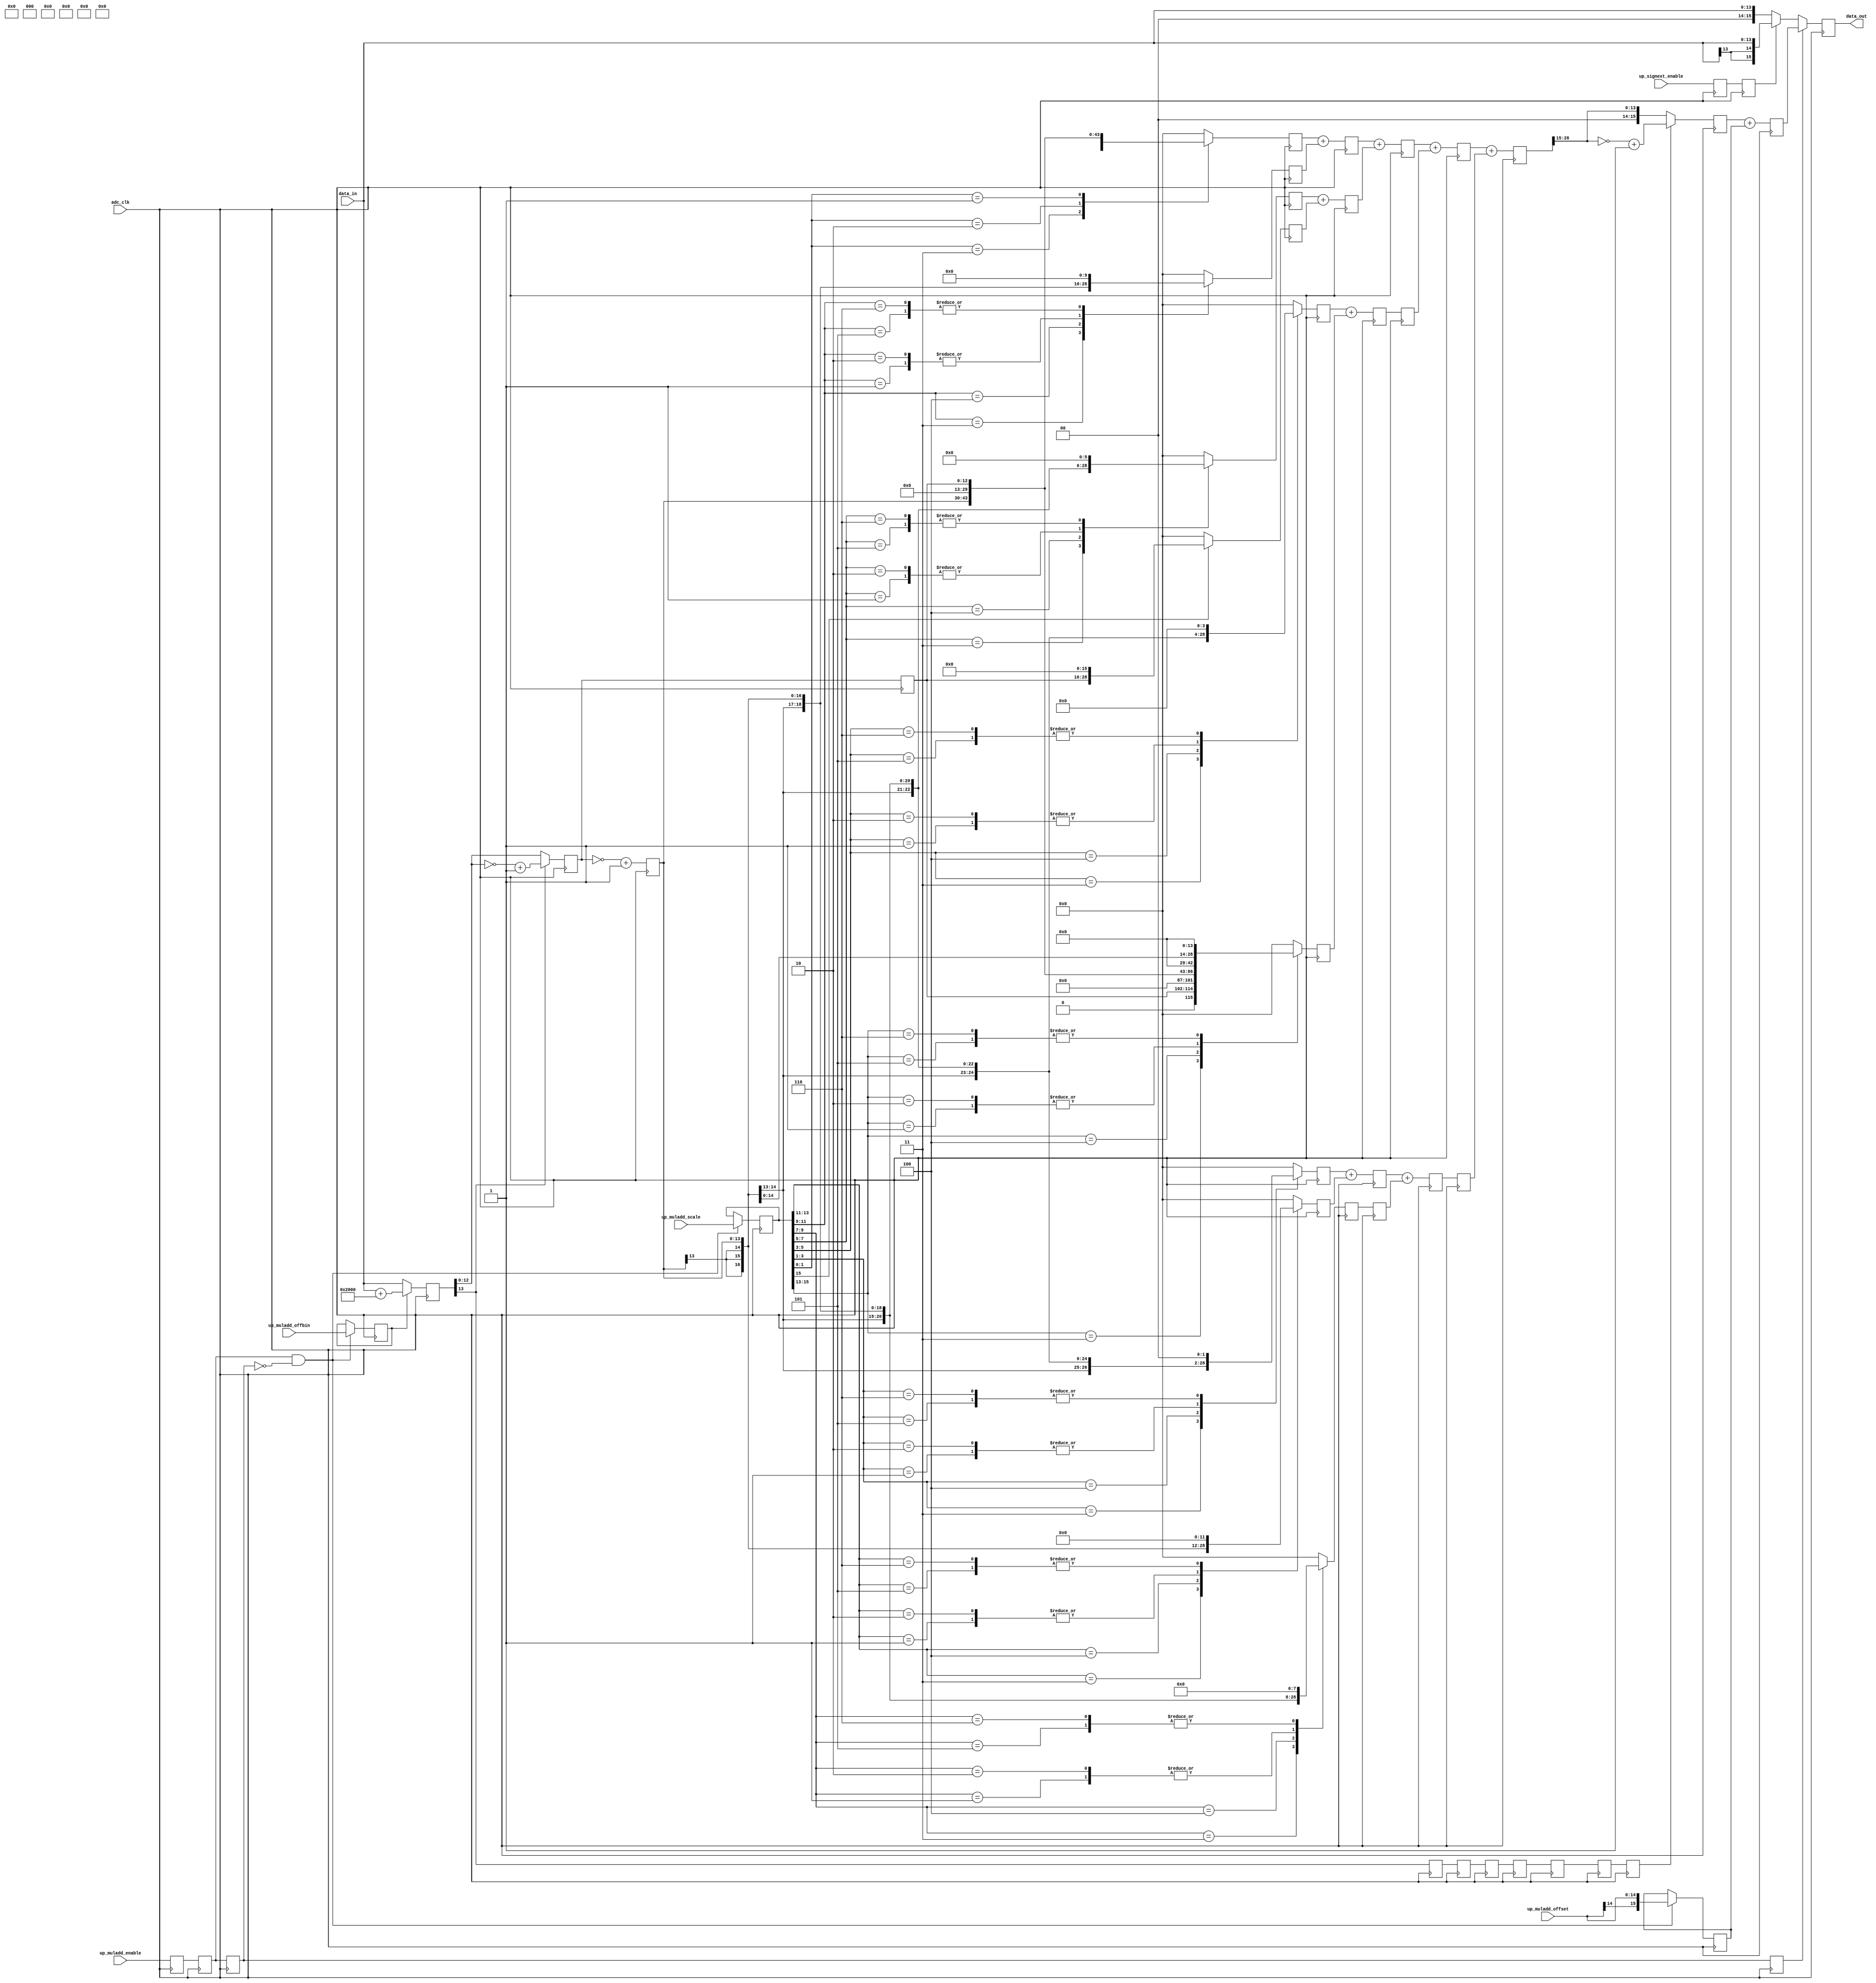
// ***************************************************************************
// ***************************************************************************
// Copyright 2011(c) Analog Devices, Inc.
// 
// All rights reserved.
// 
// Redistribution and use in source and binary forms, with or without modification,
// are permitted provided that the following conditions are met:
//     - Redistributions of source code must retain the above copyright
//       notice, this list of conditions and the following disclaimer.
//     - Redistributions in binary form must reproduce the above copyright
//       notice, this list of conditions and the following disclaimer in
//       the documentation and/or other materials provided with the
//       distribution.
//     - Neither the name of Analog Devices, Inc. nor the names of its
//       contributors may be used to endorse or promote products derived
//       from this software without specific prior written permission.
//     - The use of this software may or may not infringe the patent rights
//       of one or more patent holders.  This license does not release you
//       from the requirement that you obtain separate licenses from these
//       patent holders to use this software.
//     - Use of the software either in source or binary form, must be run
//       on or directly connected to an Analog Devices Inc. component.
//    
// THIS SOFTWARE IS PROVIDED BY ANALOG DEVICES "AS IS" AND ANY EXPRESS OR IMPLIED WARRANTIES,
// INCLUDING, BUT NOT LIMITED TO, NON-INFRINGEMENT, MERCHANTABILITY AND FITNESS FOR A
// PARTICULAR PURPOSE ARE DISCLAIMED.
//
// IN NO EVENT SHALL ANALOG DEVICES BE LIABLE FOR ANY DIRECT, INDIRECT, INCIDENTAL, SPECIAL,
// EXEMPLARY, OR CONSEQUENTIAL DAMAGES (INCLUDING, BUT NOT LIMITED TO, INTELLECTUAL PROPERTY
// RIGHTS, PROCUREMENT OF SUBSTITUTE GOODS OR SERVICES; LOSS OF USE, DATA, OR PROFITS; OR 
// BUSINESS INTERRUPTION) HOWEVER CAUSED AND ON ANY THEORY OF LIABILITY, WHETHER IN CONTRACT,
// STRICT LIABILITY, OR TORT (INCLUDING NEGLIGENCE OR OTHERWISE) ARISING IN ANY WAY OUT OF 
// THE USE OF THIS SOFTWARE, EVEN IF ADVISED OF THE POSSIBILITY OF SUCH DAMAGE.
// ***************************************************************************
// ***************************************************************************
// ***************************************************************************
// ***************************************************************************
// Scale & Offset Module

`timescale 1ps/1ps

module cf_muladd (

  // data_out = (up_muladd_scale * data_in) + up_muladd_offset;

  adc_clk,
  data_in,
  data_out,

  // processor interface

  up_signext_enable,  // sign extension enable
  up_muladd_enable,   // enable offset & scale
  up_muladd_offbin,   // input is offset binary format
  up_muladd_scale,    // scale factor
  up_muladd_offset);  // offset factor

  // data_out = (up_muladd_scale * data_in) + up_muladd_offset;

  input           adc_clk;
  input   [13:0]  data_in;
  output  [15:0]  data_out;

  // processor interface

  input           up_signext_enable;
  input           up_muladd_enable;
  input           up_muladd_offbin;
  input   [15:0]  up_muladd_scale;
  input   [14:0]  up_muladd_offset;

  reg             muladd_enable_m1 = 'd0;
  reg             muladd_enable_m2 = 'd0;
  reg             muladd_enable_m3 = 'd0;
  reg             muladd_enable = 'd0;
  reg             c_offbin = 'd0;
  reg     [15:0]  c_scale = 'd0;
  reg     [15:0]  c_offset = 'd0;
  reg             signext_enable_m1 = 'd0;
  reg             signext_enable = 'd0;
  reg     [13:0]  data_2s = 'd0;
  reg             sign_a = 'd0;
  reg     [12:0]  data_a = 'd0;
  reg             sign_a_d = 'd0;
  reg     [13:0]  data_a_p = 'd0;
  reg     [13:0]  data_a_n = 'd0;
  reg             p1_ddata = 'd0;
  reg     [28:0]  p1_data_p_0 = 'd0;
  reg     [28:0]  p1_data_p_1 = 'd0;
  reg     [28:0]  p1_data_p_2 = 'd0;
  reg     [28:0]  p1_data_p_3 = 'd0;
  reg     [28:0]  p1_data_p_4 = 'd0;
  reg     [28:0]  p1_data_p_5 = 'd0;
  reg     [28:0]  p1_data_p_6 = 'd0;
  reg     [28:0]  p1_data_p_7 = 'd0;
  reg     [28:0]  p1_data_p_8 = 'd0;
  reg             p2_ddata = 'd0;
  reg     [28:0]  p2_data_p_0 = 'd0;
  reg     [28:0]  p2_data_p_1 = 'd0;
  reg     [28:0]  p2_data_p_2 = 'd0;
  reg     [28:0]  p2_data_p_3 = 'd0;
  reg     [28:0]  p2_data_p_4 = 'd0;
  reg             p3_ddata = 'd0;
  reg     [28:0]  p3_data_p_0 = 'd0;
  reg     [28:0]  p3_data_p_1 = 'd0;
  reg     [28:0]  p3_data_p_2 = 'd0;
  reg             p4_ddata = 'd0;
  reg     [28:0]  p4_data_p_0 = 'd0;
  reg     [28:0]  p4_data_p_1 = 'd0;
  reg             p5_ddata = 'd0;
  reg     [28:0]  p5_data_p = 'd0;
  reg     [15:0]  p6_data_p = 'd0;
  reg     [15:0]  p7_data_p = 'd0;
  reg     [15:0]  data_out = 'd0;

  wire    [12:0]  data_2s_n_s;
  wire    [13:0]  data_a_s;
  wire    [28:0]  p1_data_a_1p_s;
  wire    [28:0]  p1_data_a_1n_s;
  wire    [28:0]  p1_data_a_2p_s;
  wire    [28:0]  p1_data_a_2n_s;
  wire    [15:0]  p6_data_p_s;
  wire    [15:0]  p6_data_n_s;

  // transfer processor signals to the adc clock domain

  always @(posedge adc_clk) begin
    muladd_enable_m1 <= up_muladd_enable;
    muladd_enable_m2 <= muladd_enable_m1;
    muladd_enable_m3 <= muladd_enable_m2;
    muladd_enable <= muladd_enable_m3;
    if ((muladd_enable_m2 == 1'b1) && (muladd_enable_m3 == 1'b0)) begin
      c_offbin <= up_muladd_offbin;
      c_scale <= up_muladd_scale;
      c_offset <= {up_muladd_offset[14], up_muladd_offset[14:0]};
    end
    signext_enable_m1 <= up_signext_enable;
    signext_enable <= signext_enable_m1;
  end

  // if offset binary, get 2's complement, convert to signed

  assign data_2s_n_s = ~data_2s[12:0] + 1'b1;
  assign data_a_s = {1'b0, data_a};

  always @(posedge adc_clk) begin
    if (c_offbin == 1'b1) begin
      data_2s <= data_in + 14'h2000;
    end else begin
      data_2s <= data_in;
    end
    sign_a <= data_2s[13];
    data_a <= (data_2s[13] == 1'b1) ? data_2s_n_s : data_2s[12:0];
    sign_a_d <= sign_a;
    data_a_p <= data_a_s;
    data_a_n <= ~data_a_s + 1'b1;
  end

  // get the partial product inputs

  assign p1_data_a_1p_s = {{15{data_a_p[13]}}, data_a_p};
  assign p1_data_a_1n_s = {{15{data_a_n[13]}}, data_a_n};
  assign p1_data_a_2p_s = {{14{data_a_p[13]}}, data_a_p, 1'b0};
  assign p1_data_a_2n_s = {{14{data_a_n[13]}}, data_a_n, 1'b0};

  // pipe line 1, get the partial products

  always @(posedge adc_clk) begin
    p1_ddata <= sign_a_d;
    case (c_scale[1:0])
      2'b11: p1_data_p_0 <= p1_data_a_1n_s;
      2'b10: p1_data_p_0 <= p1_data_a_2n_s;
      2'b01: p1_data_p_0 <= p1_data_a_1p_s;
      default: p1_data_p_0 <= 29'd0;
    endcase
    case (c_scale[3:1])
      3'b011: p1_data_p_1 <= {p1_data_a_2p_s[26:0], 2'd0};
      3'b100: p1_data_p_1 <= {p1_data_a_2n_s[26:0], 2'd0};
      3'b001: p1_data_p_1 <= {p1_data_a_1p_s[26:0], 2'd0};
      3'b010: p1_data_p_1 <= {p1_data_a_1p_s[26:0], 2'd0};
      3'b101: p1_data_p_1 <= {p1_data_a_1n_s[26:0], 2'd0};
      3'b110: p1_data_p_1 <= {p1_data_a_1n_s[26:0], 2'd0};
      default: p1_data_p_1 <= 29'd0;
    endcase
    case (c_scale[5:3])
      3'b011: p1_data_p_2 <= {p1_data_a_2p_s[24:0], 4'd0};
      3'b100: p1_data_p_2 <= {p1_data_a_2n_s[24:0], 4'd0};
      3'b001: p1_data_p_2 <= {p1_data_a_1p_s[24:0], 4'd0};
      3'b010: p1_data_p_2 <= {p1_data_a_1p_s[24:0], 4'd0};
      3'b101: p1_data_p_2 <= {p1_data_a_1n_s[24:0], 4'd0};
      3'b110: p1_data_p_2 <= {p1_data_a_1n_s[24:0], 4'd0};
      default: p1_data_p_2 <= 29'd0;
    endcase
    case (c_scale[7:5])
      3'b011: p1_data_p_3 <= {p1_data_a_2p_s[22:0], 6'd0};
      3'b100: p1_data_p_3 <= {p1_data_a_2n_s[22:0], 6'd0};
      3'b001: p1_data_p_3 <= {p1_data_a_1p_s[22:0], 6'd0};
      3'b010: p1_data_p_3 <= {p1_data_a_1p_s[22:0], 6'd0};
      3'b101: p1_data_p_3 <= {p1_data_a_1n_s[22:0], 6'd0};
      3'b110: p1_data_p_3 <= {p1_data_a_1n_s[22:0], 6'd0};
      default: p1_data_p_3 <= 29'd0;
    endcase
    case (c_scale[9:7])
      3'b011: p1_data_p_4 <= {p1_data_a_2p_s[20:0], 8'd0};
      3'b100: p1_data_p_4 <= {p1_data_a_2n_s[20:0], 8'd0};
      3'b001: p1_data_p_4 <= {p1_data_a_1p_s[20:0], 8'd0};
      3'b010: p1_data_p_4 <= {p1_data_a_1p_s[20:0], 8'd0};
      3'b101: p1_data_p_4 <= {p1_data_a_1n_s[20:0], 8'd0};
      3'b110: p1_data_p_4 <= {p1_data_a_1n_s[20:0], 8'd0};
      default: p1_data_p_4 <= 29'd0;
    endcase
    case (c_scale[11:9])
      3'b011: p1_data_p_5 <= {p1_data_a_2p_s[18:0], 10'd0};
      3'b100: p1_data_p_5 <= {p1_data_a_2n_s[18:0], 10'd0};
      3'b001: p1_data_p_5 <= {p1_data_a_1p_s[18:0], 10'd0};
      3'b010: p1_data_p_5 <= {p1_data_a_1p_s[18:0], 10'd0};
      3'b101: p1_data_p_5 <= {p1_data_a_1n_s[18:0], 10'd0};
      3'b110: p1_data_p_5 <= {p1_data_a_1n_s[18:0], 10'd0};
      default: p1_data_p_5 <= 29'd0;
    endcase
    case (c_scale[13:11])
      3'b011: p1_data_p_6 <= {p1_data_a_2p_s[16:0], 12'd0};
      3'b100: p1_data_p_6 <= {p1_data_a_2n_s[16:0], 12'd0};
      3'b001: p1_data_p_6 <= {p1_data_a_1p_s[16:0], 12'd0};
      3'b010: p1_data_p_6 <= {p1_data_a_1p_s[16:0], 12'd0};
      3'b101: p1_data_p_6 <= {p1_data_a_1n_s[16:0], 12'd0};
      3'b110: p1_data_p_6 <= {p1_data_a_1n_s[16:0], 12'd0};
      default: p1_data_p_6 <= 29'd0;
    endcase
    case (c_scale[15:13])
      3'b011: p1_data_p_7 <= {p1_data_a_2p_s[14:0], 14'd0};
      3'b100: p1_data_p_7 <= {p1_data_a_2n_s[14:0], 14'd0};
      3'b001: p1_data_p_7 <= {p1_data_a_1p_s[14:0], 14'd0};
      3'b010: p1_data_p_7 <= {p1_data_a_1p_s[14:0], 14'd0};
      3'b101: p1_data_p_7 <= {p1_data_a_1n_s[14:0], 14'd0};
      3'b110: p1_data_p_7 <= {p1_data_a_1n_s[14:0], 14'd0};
      default: p1_data_p_7 <= 29'd0;
    endcase
    case (c_scale[15])
      1'b1: p1_data_p_8 <= {p1_data_a_1p_s[12:0], 16'd0};
      default: p1_data_p_8 <= 29'd0;
    endcase
  end

  // pipe line 2, sum of the partial products (9 -> 5)

  always @(posedge adc_clk) begin
    p2_ddata <= p1_ddata;
    p2_data_p_0 <= p1_data_p_0 + p1_data_p_5;
    p2_data_p_1 <= p1_data_p_1 + p1_data_p_6;
    p2_data_p_2 <= p1_data_p_2 + p1_data_p_7;
    p2_data_p_3 <= p1_data_p_3 + p1_data_p_8;
    p2_data_p_4 <= p1_data_p_4;
  end

  // pipe line 3, sum of the partial products (5 -> 3)

  always @(posedge adc_clk) begin
    p3_ddata <= p2_ddata;
    p3_data_p_0 <= p2_data_p_0 + p2_data_p_3;
    p3_data_p_1 <= p2_data_p_1 + p2_data_p_4;
    p3_data_p_2 <= p2_data_p_2;
  end

  // pipe line 4, sum of the partial products (3 -> 2)

  always @(posedge adc_clk) begin
    p4_ddata <= p3_ddata;
    p4_data_p_0 <= p3_data_p_0 + p3_data_p_2;
    p4_data_p_1 <= p3_data_p_1;
  end

  // pipe line 5, sum of the partial products (2 -> 1)

  always @(posedge adc_clk) begin
    p5_ddata <= p4_ddata;
    p5_data_p <= p4_data_p_0 + p4_data_p_1;
  end

  // pipe line 6, convert back to 2's compl

  assign p6_data_p_s = {2'b00, p5_data_p[28:15]};
  assign p6_data_n_s = ~p6_data_p_s + 1'b1;

  always @(posedge adc_clk) begin
    if (p5_ddata == 1'b1) begin
      p6_data_p <= p6_data_n_s;
    end else begin
      p6_data_p <= p6_data_p_s;
    end
  end

  always @(posedge adc_clk) begin
    p7_data_p <= p6_data_p + c_offset;
  end

  // output registers 

  always @(posedge adc_clk) begin
    if (muladd_enable == 1'b1) begin
      data_out <= p7_data_p;
    end else if (signext_enable == 1'b1) begin
      data_out <= {{2{data_in[13]}}, data_in};
    end else begin
      data_out <= {2'd0, data_in};
    end
  end

endmodule

// ***************************************************************************
// ***************************************************************************